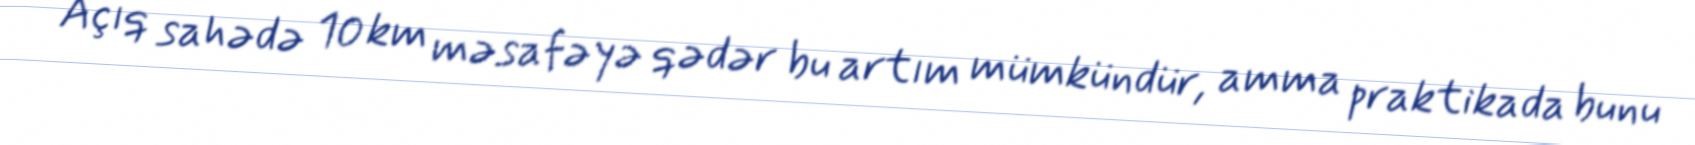
Açıq sahədə 10 km məsafəyə qədər bu artım mümkündür, amma praktikada bunu